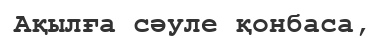
Ақылға сәуле қонбаса,